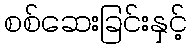
စစ်ဆေးခြင်းနှင့်